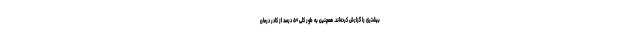
بیشتری را گزارش کرده‌اند. همچنین به طور کلی ۵۰ درصد از کادر درمان